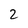
Character: 2